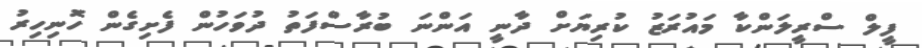
ފީލް ސްރީލަންކާ މައުރަޒު ކުރިޔަށް ދާނީ އަންނަ ބުރާސްފަތު ދުވަހުން ފެށިގެން ހޮނިހިރު